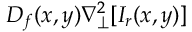
D _ { f } ( x , y ) \nabla _ { \perp } ^ { 2 } [ I _ { r } ( x , y ) ]